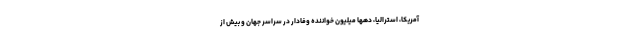
آمریکا، استرالیا، دهها میلیون خواننده وفادار در سراسر جهان و بیش از